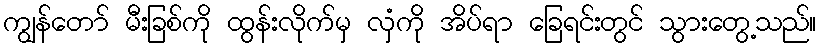
ကျွန်တော် မီးခြစ်ကို ထွန်းလိုက်မှ လှံကို အိပ်ရာ ခြေရင်းတွင် သွားတွေ့သည်။